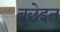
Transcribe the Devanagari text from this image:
बुछेइत